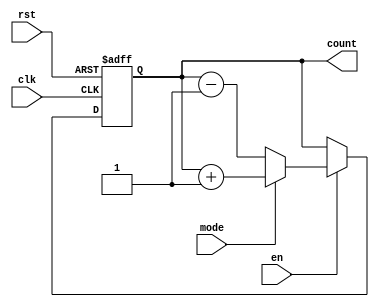
module chained_parallel_counter #(
    parameter N = 4  // Number of bits in the counter
)(
    input wire clk,        // Clock signal
    input wire rst,        // Asynchronous reset signal
    input wire en,         // Count enable signal
    input wire mode,       // Count mode (0 for down, 1 for up)
    output reg [N-1:0] count // Current count output
);

    always @(posedge clk or posedge rst) begin
        if (rst) begin
            count <= 0; // Reset the counter to 0
        end else if (en) begin
            if (mode) begin
                // Count up
                count <= count + 1;
            end else begin
                // Count down
                count <= count - 1;
            end
        end
    end

endmodule